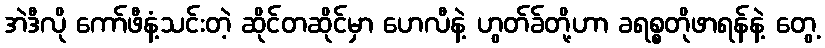
အဲဒီလို ကော်ဖီနံ့သင်းတဲ့ ဆိုင်တဆိုင်မှာ ဟေလီနဲ့ ဟွတ်ခ်တို့ဟာ ခရစ္စတိုဖာရန်နဲ့ တွေ့